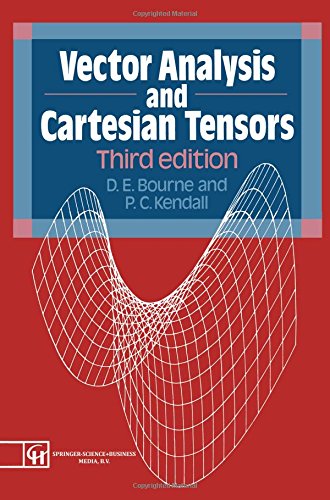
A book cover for Vector Analysis and Cartesian Tensors 3rd Edition; D.E. Bourne; Science & Math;